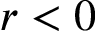
r < 0